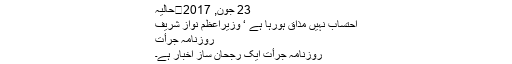
23 جون, 2017	حالیہ
احتساب نہیں مذاق ہورہا ہے ‘ وزیراعظم نواز شریف
روزنامہ جرأت
روزنامہ جرأت ایک رجحان ساز اخبار ہے۔